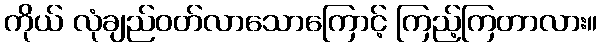
ကိုယ် လုံချည်ဝတ်လာသောကြောင့် ကြည့်ကြတာလား။